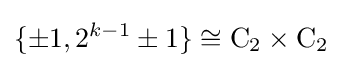
\{\pm 1,2^{k-1}\pm 1\}\cong \mathrm {C} _{2}\times \mathrm {C} _{2}